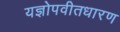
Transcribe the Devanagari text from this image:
यज्ञोपवीतधारण